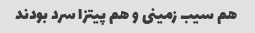
هم سیب زمینی و هم پیتزا سرد بودند